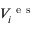
V _ { i } ^ { \mathrm { ~ e ~ s ~ } }